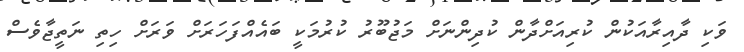
ވަކި ދާއިރާއަކުން ކުރިއަށްދާން ކުދިންނަށް މަޖުބޫރު ކުރުމަކީ ބައެއްފަހަރަށް ވަރަށް ހިތި ނަތީޖާވެސް